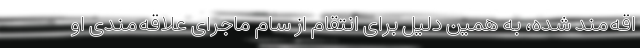
اقه‌مند شده، به همین دلیل برای انتقام از سام ماجرای علاقه‌مندی او